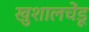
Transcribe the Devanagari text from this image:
खुशालचेंडू